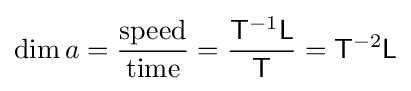
\operatorname {dim} a={\frac {\text{speed}}{\text{time}}}={\frac {{\mathsf {T}}^{-1}{\mathsf {L}}}{\mathsf {T}}}={\mathsf {T}}^{-2}{\mathsf {L}}